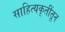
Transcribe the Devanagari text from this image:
साहित्यकृतींतून